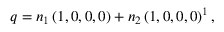
q = n _ { 1 } \, ( 1 , 0 , 0 , 0 ) + n _ { 2 } \, ( 1 , 0 , 0 , 0 ) ^ { 1 } \, ,